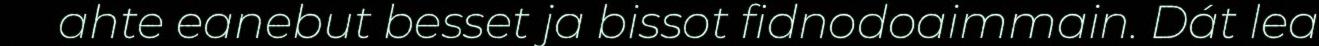
ahte eanebut besset ja bissot fidnodoaimmain. Dát lea